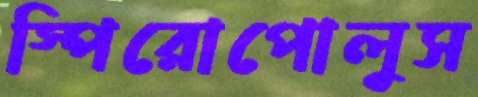
স্পিরোপোলুস